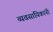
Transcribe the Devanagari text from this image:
व्यवसायिकांनी